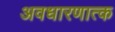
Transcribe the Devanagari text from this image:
अवधारणात्क